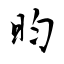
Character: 昀